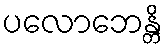
ပလောဘေန္တိ